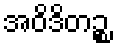
အဝိဒိတဉ္စ